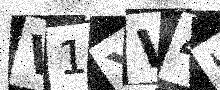
Text: V1YV4H